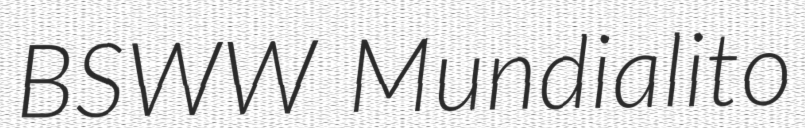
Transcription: BSWW Mundialito